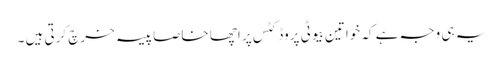
یہ ہی وجہ ہے کہ خواتین بیوٹی پروڈکٹس پر اچھا خاصا پیسہ خرچ کرتی ہیں ۔